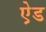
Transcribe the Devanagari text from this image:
ऐ़ड